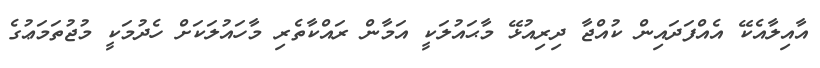
އާއިލާއެކޭ އެއްފަދައިން ކުއްޖާ ދިރިއުޅޭ މާޙައުލަކީ އަމާން ރައްކާތެރި މާހައުލަކަށް ހެދުމަކީ މުޖުތަމަޢުގެ